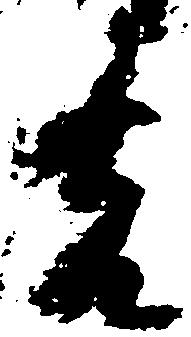
先